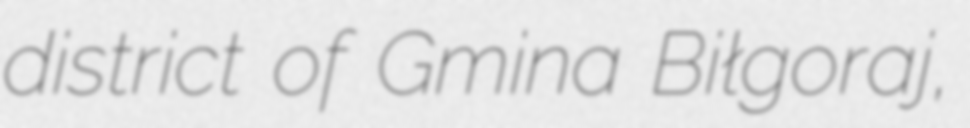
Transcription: district of Gmina Biłgoraj,